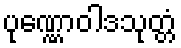
ပုဏ္ဏောဝါဒသုတ္တံ